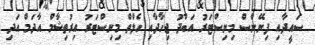
ސައީދާއި ފިނޭންސް މިނިސްޓަރު އަބްދު ޖިހާދާއި ހެލްތް މިނިސްޓަރު އިރުތިޝާމް އާދަމް އަދި